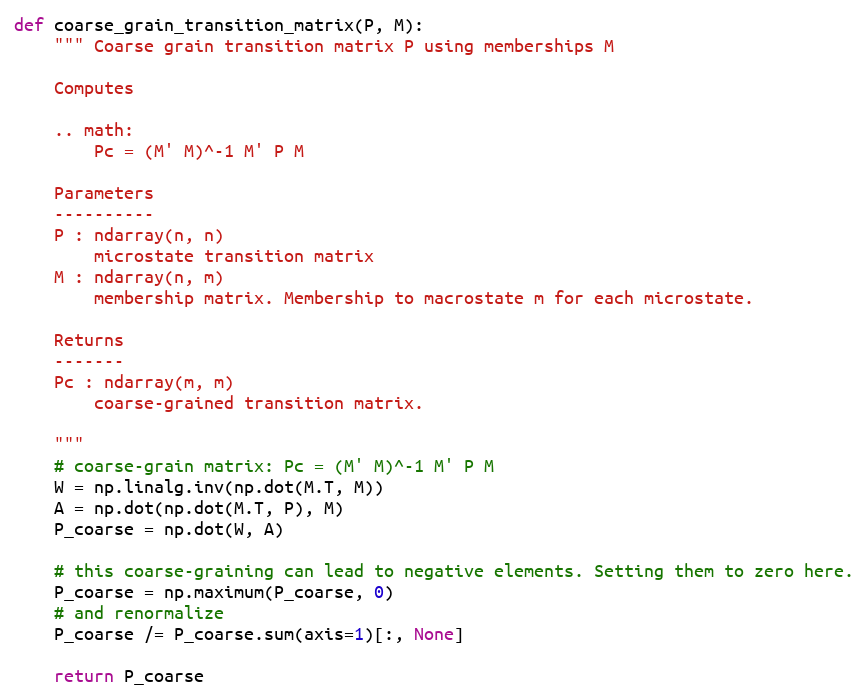
Language: Python
def coarse_grain_transition_matrix(P, M):
    """ Coarse grain transition matrix P using memberships M

    Computes

    .. math:
        Pc = (M' M)^-1 M' P M

    Parameters
    ----------
    P : ndarray(n, n)
        microstate transition matrix
    M : ndarray(n, m)
        membership matrix. Membership to macrostate m for each microstate.

    Returns
    -------
    Pc : ndarray(m, m)
        coarse-grained transition matrix.

    """
    # coarse-grain matrix: Pc = (M' M)^-1 M' P M
    W = np.linalg.inv(np.dot(M.T, M))
    A = np.dot(np.dot(M.T, P), M)
    P_coarse = np.dot(W, A)

    # this coarse-graining can lead to negative elements. Setting them to zero here.
    P_coarse = np.maximum(P_coarse, 0)
    # and renormalize
    P_coarse /= P_coarse.sum(axis=1)[:, None]

    return P_coarse